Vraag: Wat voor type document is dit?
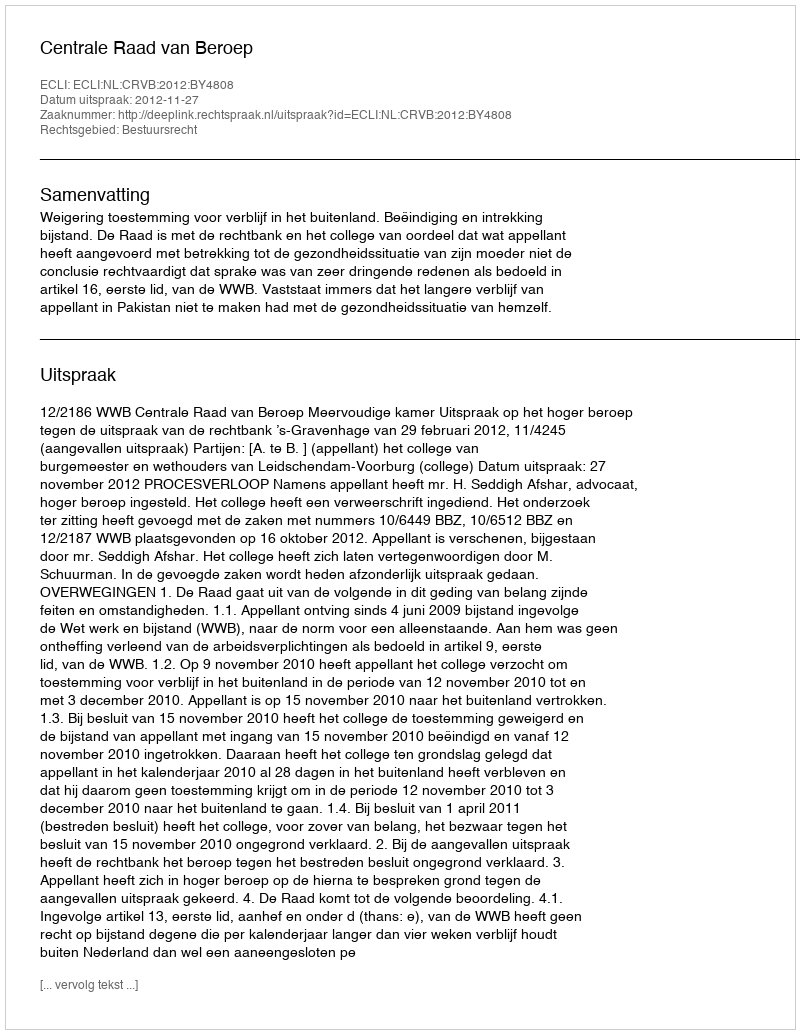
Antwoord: Uitspraak